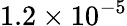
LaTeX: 1.2\times 10^{-5}